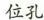
位孔